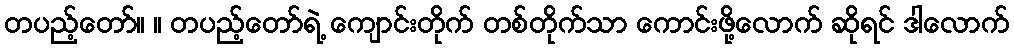
တပည့်တော်။ ။ တပည့်တော်ရဲ့ ကျောင်းတိုက် တစ်တိုက်သာ ကောင်းဖို့လောက် ဆိုရင် ဒါလောက်